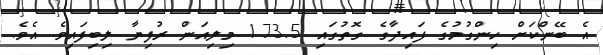
އެ ބޭންކަށް ހިންގުމުގެ ފައިދާގެ ގޮތުގައި 173.5 މިލިއަން ރުފިޔާ ލިބިފައިވެ އެވެ.